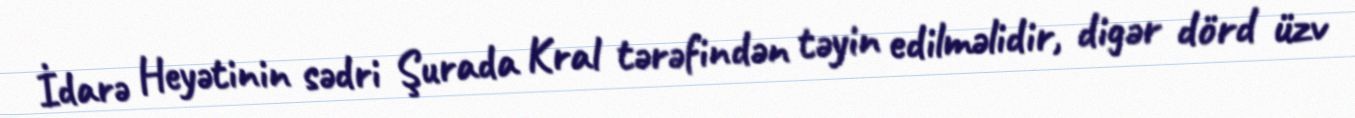
İdarə Heyətinin sədri Şurada Kral tərəfindən təyin edilməlidir, digər dörd üzv